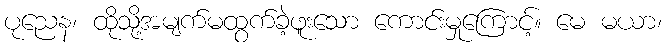
ပုညေန၊ ထိုသို့အမျက်မထွက်ခဲ့ဖူးသော ကောင်းမှုကြောင့်။ မေ မယာ၊